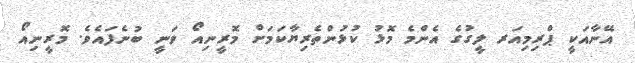
އޭނާއަކީ ޕްރިމިއަރ ލީގުގެ އެންމެ މޮޅު ކުޅުންތެރިޔާކަމަށް މޮރީނިއޯ ވަނީ ބުނެފައެވެ. މޮރީނިއޯ